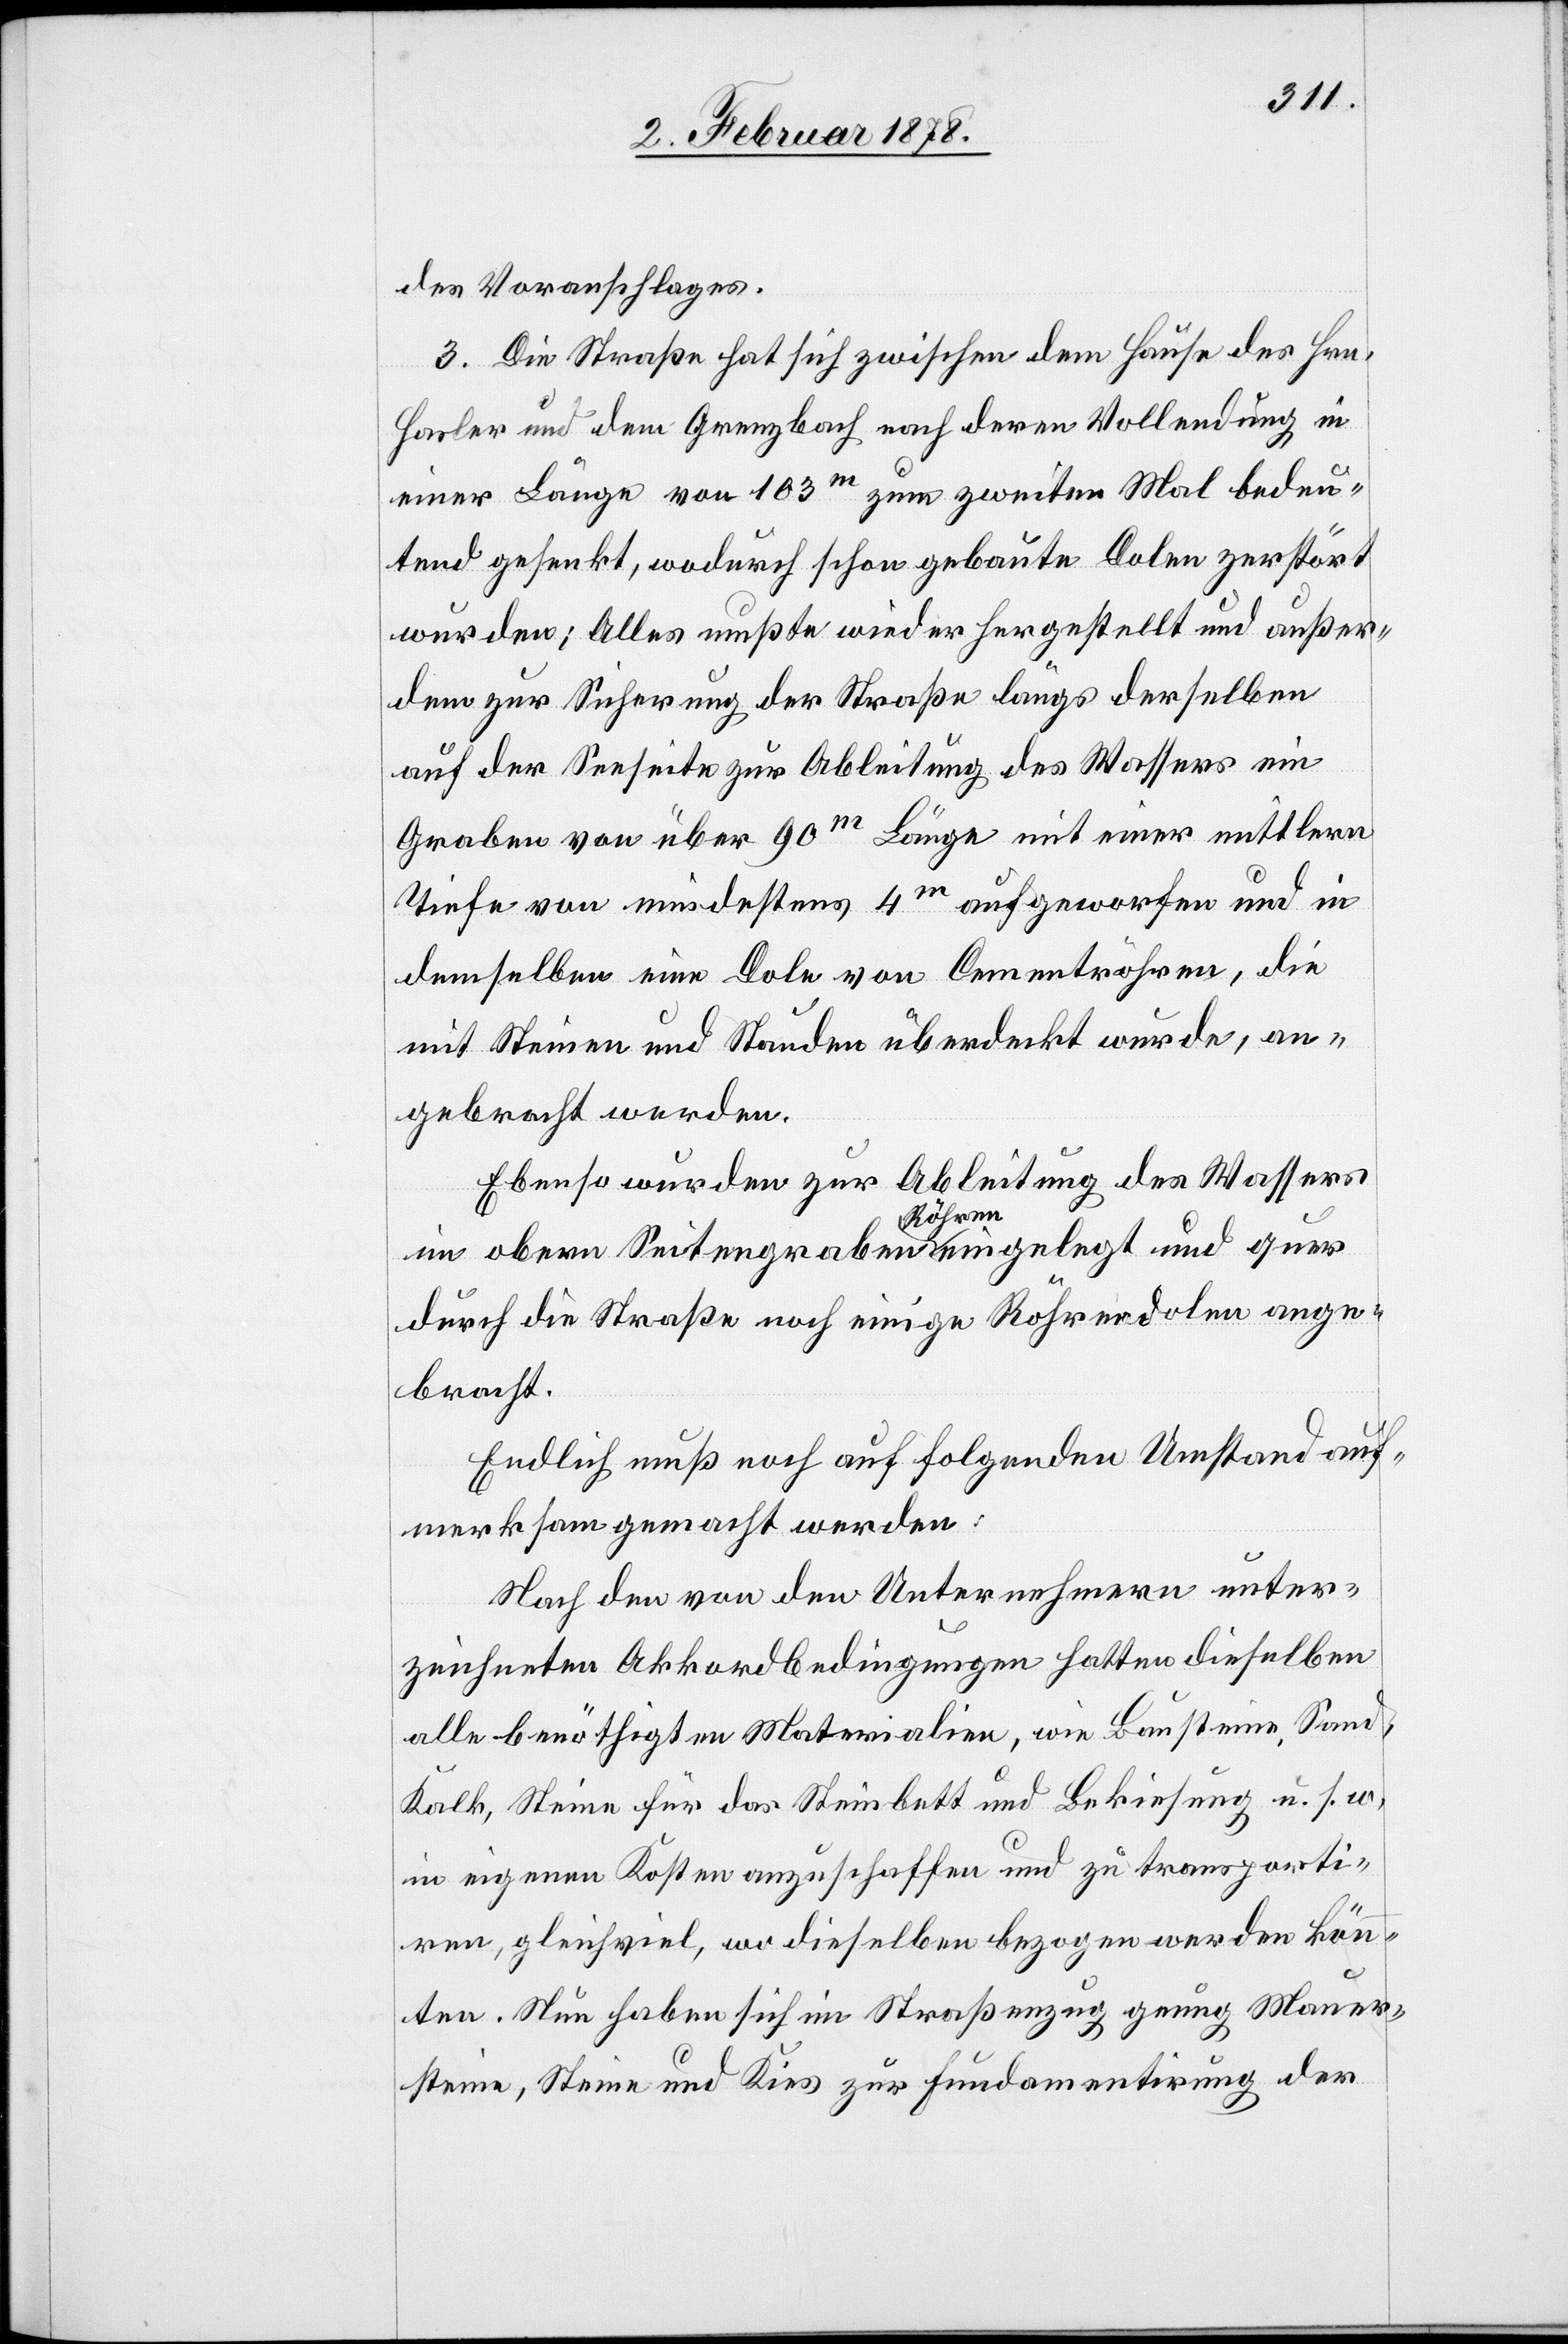
des Voranschlages.
3. Die Straße hat sich zwischen dem Hause des Hrn.
Hasler und dem Grenzbach nach deren Vollendung in
einer Länge von 103m zum zweiten Mal bedeu¬
tend gesenkt, wodurch schon gebaute Dolen zerstört
wurden; Alles mußte wieder hergestellt und außer¬
dem zur Sicherung der Straße längs derselben
auf der Seeseite zur Ableitung des Wassers ein
Graben von über 90m Länge mit einer mittlern
Tiefe von mindestens 4m aufgeworfen und in
demselben eine Dole von Cementröhren, die
mit Steinen und Stauden überdeckt wurde, an¬
gebracht werden.
Ebenso wurden zur Ableitung des Wassers
im obern Seitengraben a-Röhren-a eingelegt und quer
durch die Straße noch einige Röhrendolen ange¬
bracht.
Endlich muß noch auf folgenden Umstand auf¬
merksam gemacht werden:
Nach den von den Unternehmern unter¬
zeichneten Akkordbedingungen hatten dieselben
alle benöthigten Materialien, wie Bausteine, Sand,
Kalk, Steine für das Steinbett und Bekiesung u. s. w.
in eigenen Kosten anzuschaffen und zu transporti¬
ren, gleichviel, wo dieselben bezogen werden könn¬
ten. Nun haben sich im Straßenzug genug Mauer¬
steine, Steine und Kies zur Fundamentirung der